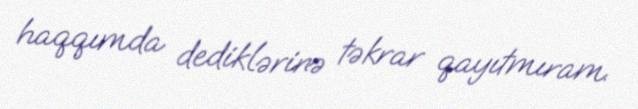
haqqımda dediklərinə təkrar qayıtmıram.